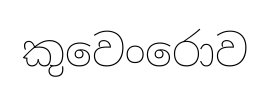
කුවෙංරොව